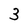
Character: 3